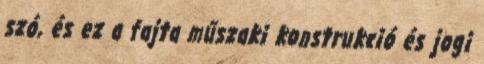
szó, és ez a fajta műszaki konstrukció és jogi